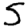
Digit: 5